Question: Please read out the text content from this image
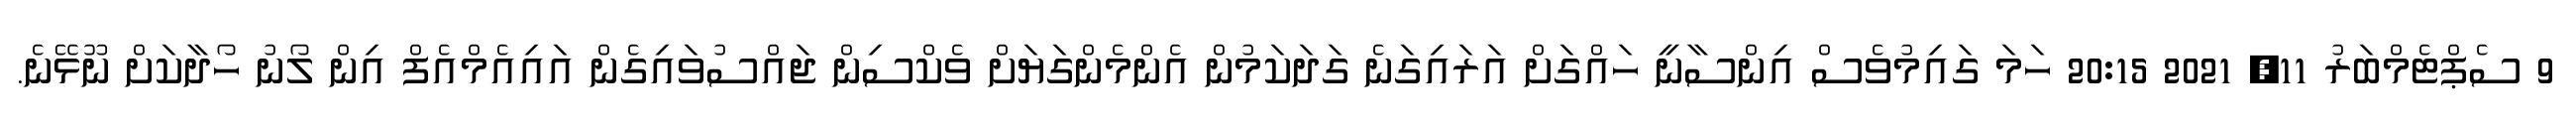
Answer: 9 ސެޕްޓެމްބަރު 11, 2021 20:15 ހަމަ ގައިމުވެސް އިންސާނީ ހައްގަށް އަރައިގަނެ ގަދަކަމުން އެންމެންގަޔަށް ވެކްސިން ޖައްސުވައިގެން އައިއެމްއެފް އިން ލޯނު ހޯދާކަށް ނޫޅޭނެ.